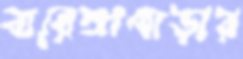
বারেঙ্গাপাড়ার